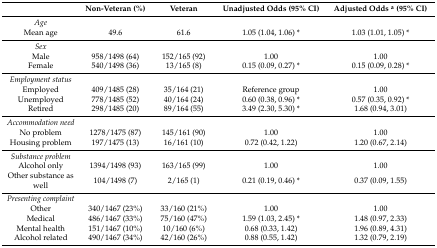
<table><thead><tr><td></td><td><b>Non-Veteran (%)</b></td><td><b>Veteran</b></td><td><b>Unadjusted Odds (95% CI)</b></td><td><b>Adjusted Odds <sup>a</sup> (95% CI)</b></td></tr></thead><tbody><tr><td><i>Age</i></td><td></td><td></td><td></td><td></td></tr><tr><td>Mean age</td><td>49.6</td><td>61.6</td><td>1.05 (1.04, 1.06) *</td><td>1.03 (1.01, 1.05) *</td></tr><tr><td><i>Sex</i></td><td></td><td></td><td></td><td></td></tr><tr><td>Male</td><td>958/1498 (64)</td><td>152/165 (92)</td><td>1.00</td><td>1.00</td></tr><tr><td>Female</td><td>540/1498 (36)</td><td>13/165 (8)</td><td>0.15 (0.09, 0.27) *</td><td>0.15 (0.09, 0.28) *</td></tr><tr><td><i>Employment status</i></td><td></td><td></td><td></td><td></td></tr><tr><td>Employed</td><td>409/1485 (28)</td><td>35/164 (21)</td><td>Reference group</td><td>1.00</td></tr><tr><td>Unemployed</td><td>778/1485 (52)</td><td>40/164 (24)</td><td>0.60 (0.38, 0.96) *</td><td>0.57 (0.35, 0.92) *</td></tr><tr><td>Retired</td><td>298/1485 (20)</td><td>89/164 (55)</td><td>3.49 (2.30, 5.30) *</td><td>1.68 (0.94, 3.01)</td></tr><tr><td><i>Accommodation need</i></td><td></td><td></td><td></td><td></td></tr><tr><td>No problem</td><td>1278/1475 (87)</td><td>145/161 (90)</td><td>1.00</td><td>1.00</td></tr><tr><td>Housing problem</td><td>197/1475 (13)</td><td>16/161 (10)</td><td>0.72 (0.42, 1.22)</td><td>1.20 (0.67, 2.14)</td></tr><tr><td><i>Substance problem</i></td><td></td><td></td><td></td><td></td></tr><tr><td>Alcohol only</td><td>1394/1498 (93)</td><td>163/165 (99)</td><td>1.00</td><td>1.00</td></tr><tr><td>Other substance as well</td><td>104/1498 (7)</td><td>2/165 (1)</td><td>0.21 (0.19, 0.46) *</td><td>0.37 (0.09, 1.55)</td></tr><tr><td><i>Presenting complaint</i></td><td></td><td></td><td></td><td></td></tr><tr><td>Other</td><td>340/1467 (23%)</td><td>33/160 (21%)</td><td>1.00</td><td>1.00</td></tr><tr><td>Medical</td><td>486/1467 (33%)</td><td>75/160 (47%)</td><td>1.59 (1.03, 2.45) *</td><td>1.48 (0.97, 2.33)</td></tr><tr><td>Mental health</td><td>151/1467 (10%)</td><td>10/160 (6%)</td><td>0.68 (0.33, 1.42)</td><td>1.96 (0.89, 4.31)</td></tr><tr><td>Alcohol related</td><td>490/1467 (34%)</td><td>42/160 (26%)</td><td>0.88 (0.55, 1.42)</td><td>1.32 (0.79, 2.19)</td></tr></tbody></table>